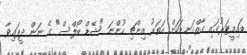
ޑައިމީޓަރުގައި ގާތްގަނޑަކަށް ހަތަރު އިންޗި ހުންނަ "ޝޭޑް ބޯލްސް" ގެ ނަން ދީފައިވާ